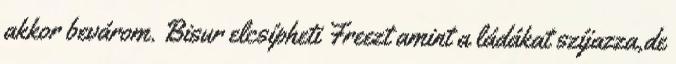
akkor bevárom. Bisur elcsípheti Freezt amint a ládákat szíjazza,de